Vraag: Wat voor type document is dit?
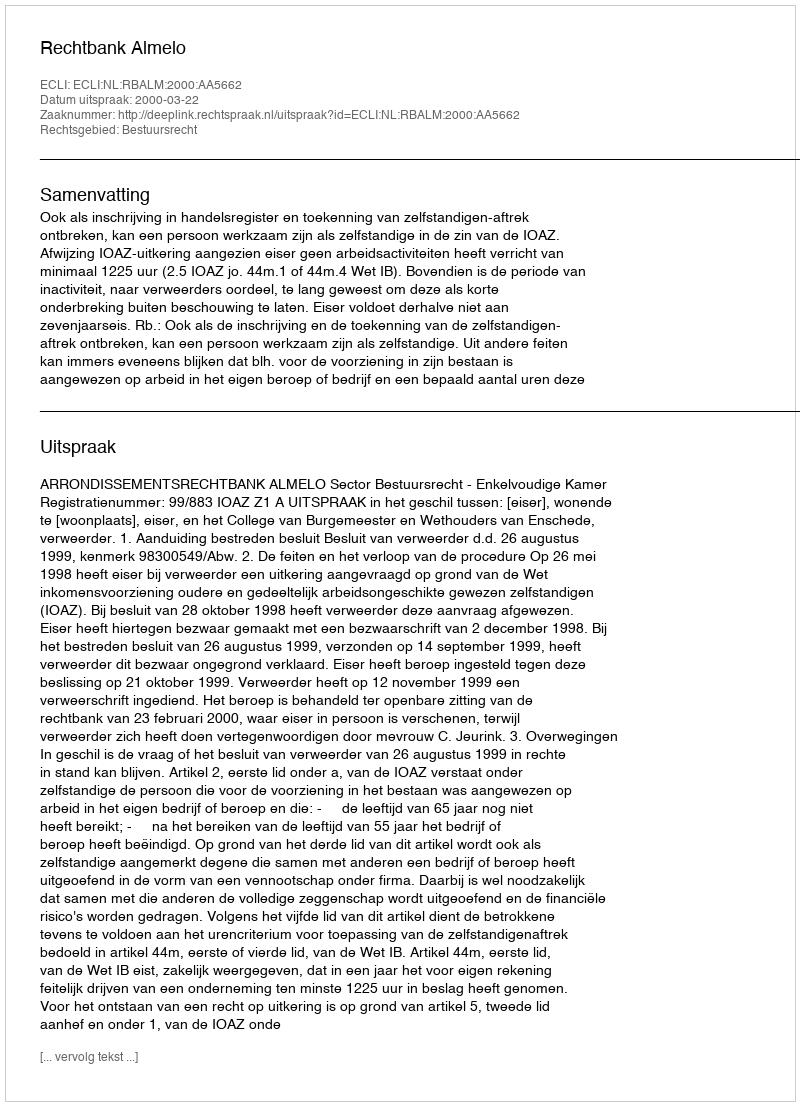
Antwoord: Uitspraak